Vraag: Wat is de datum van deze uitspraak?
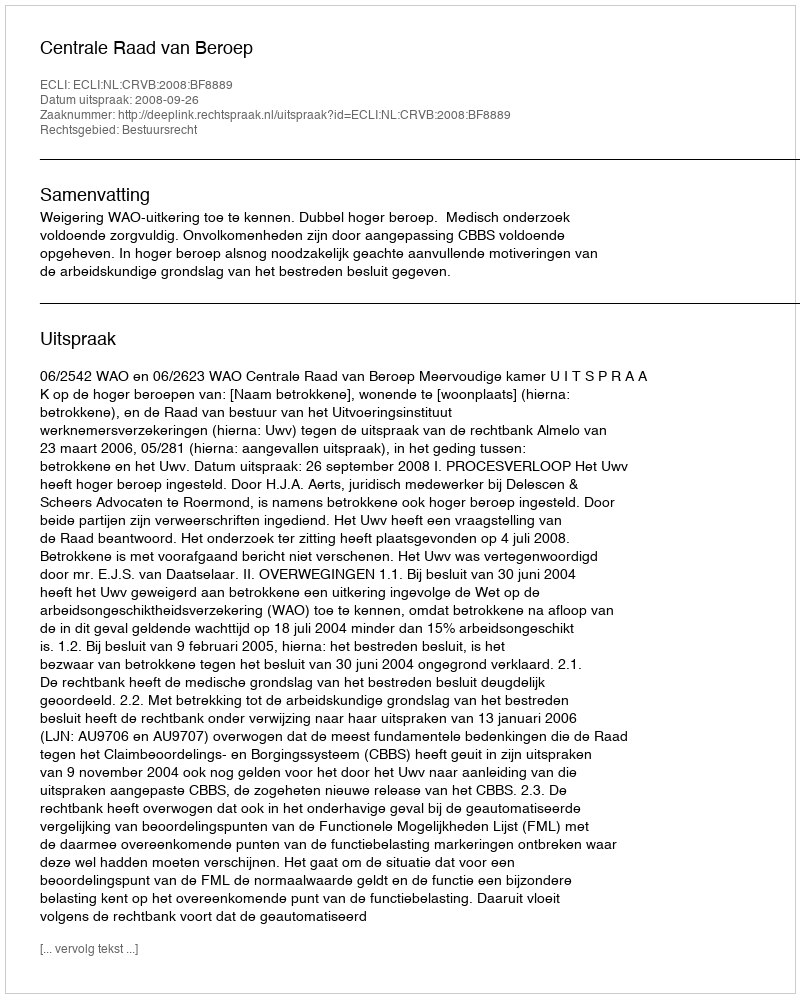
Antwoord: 2008-09-26